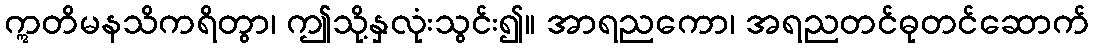
ဣတိမနသိကရိတွာ၊ ဤသို့နှလုံးသွင်း၍။ အာရညကော၊ အရညတင်ဓုတင်ဆောက်